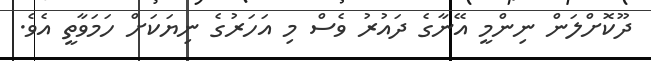
ދޫކޮށްލަން ނިންމީ އޭނާގެ ދައުރު ވެސް މި އަހަރުގެ ނިޔަކަށް ހަމަވާތީ އެވެ.